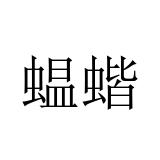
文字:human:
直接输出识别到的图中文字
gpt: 蝹蝔